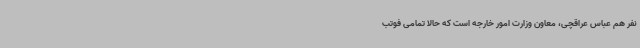
نفر هم عباس عراقچی، معاون وزارت امور خارجه است که حالا تمامی فوتب